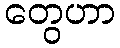
တွေဟာ